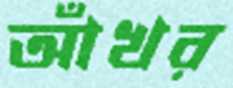
আঁখর